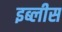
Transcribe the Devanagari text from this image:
इब्लीस